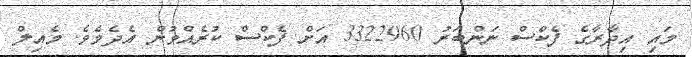
މައި އިދާރާގެ ފެކްސް ނަންބަރު 3322960 އަށް ފެކްސް ކުރެއްވުން އެދެމެވެ. މެއިލް